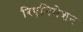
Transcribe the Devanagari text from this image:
रिएनिमेशन